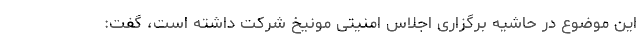
این موضوع در حاشیه برگزاری اجلاس امنیتی مونیخ شرکت داشته است، گفت: